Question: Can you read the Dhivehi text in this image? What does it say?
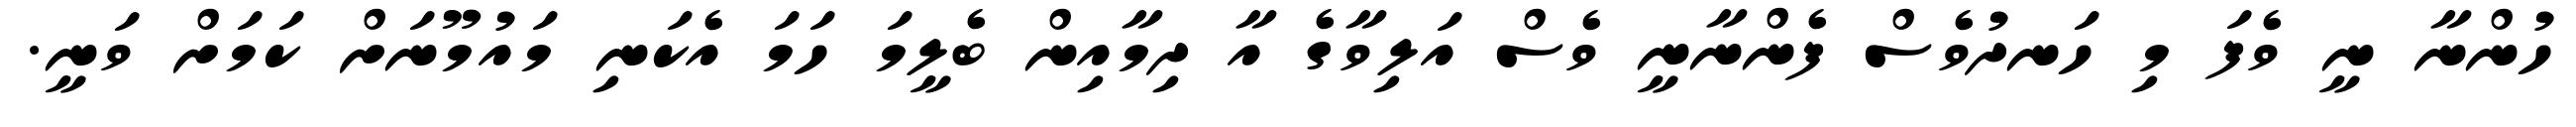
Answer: ހުންނާ ނީ ވެފަ މި ހަނދުވެސް ފެންނާނީ ވެސް އަލިވާގެ އާ ދިމާއިން ބެލީމަ ހަމަ އެކަނި މައުމޫނަށް ކަމަށް ވަނީ.